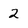
Character: 2